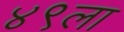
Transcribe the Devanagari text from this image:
४९ला